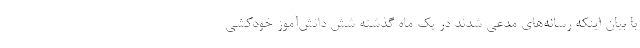
با بیان اینکه رسانه‌های مدعی شدند در یک ماه گذشته شش دانش‌آموز خودکشی